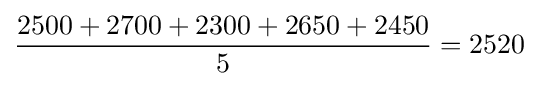
{\frac {2500+2700+2300+2650+2450}{5}}=2520